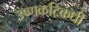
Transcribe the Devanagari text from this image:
उष्णकटिकंधी